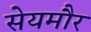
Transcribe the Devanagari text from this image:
सेयमौर